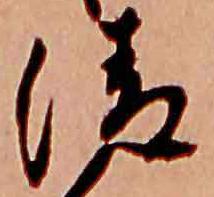
清